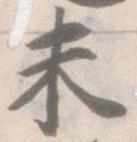
未